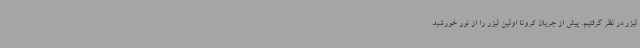
لیزر در نظر گرفتیم. پیش از جریان کرونا اولین لیزر را از نور خورشید